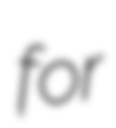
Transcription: for